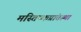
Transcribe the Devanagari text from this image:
मस्तिष्कप्रांतस्था